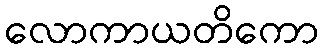
လောကာယတိကော